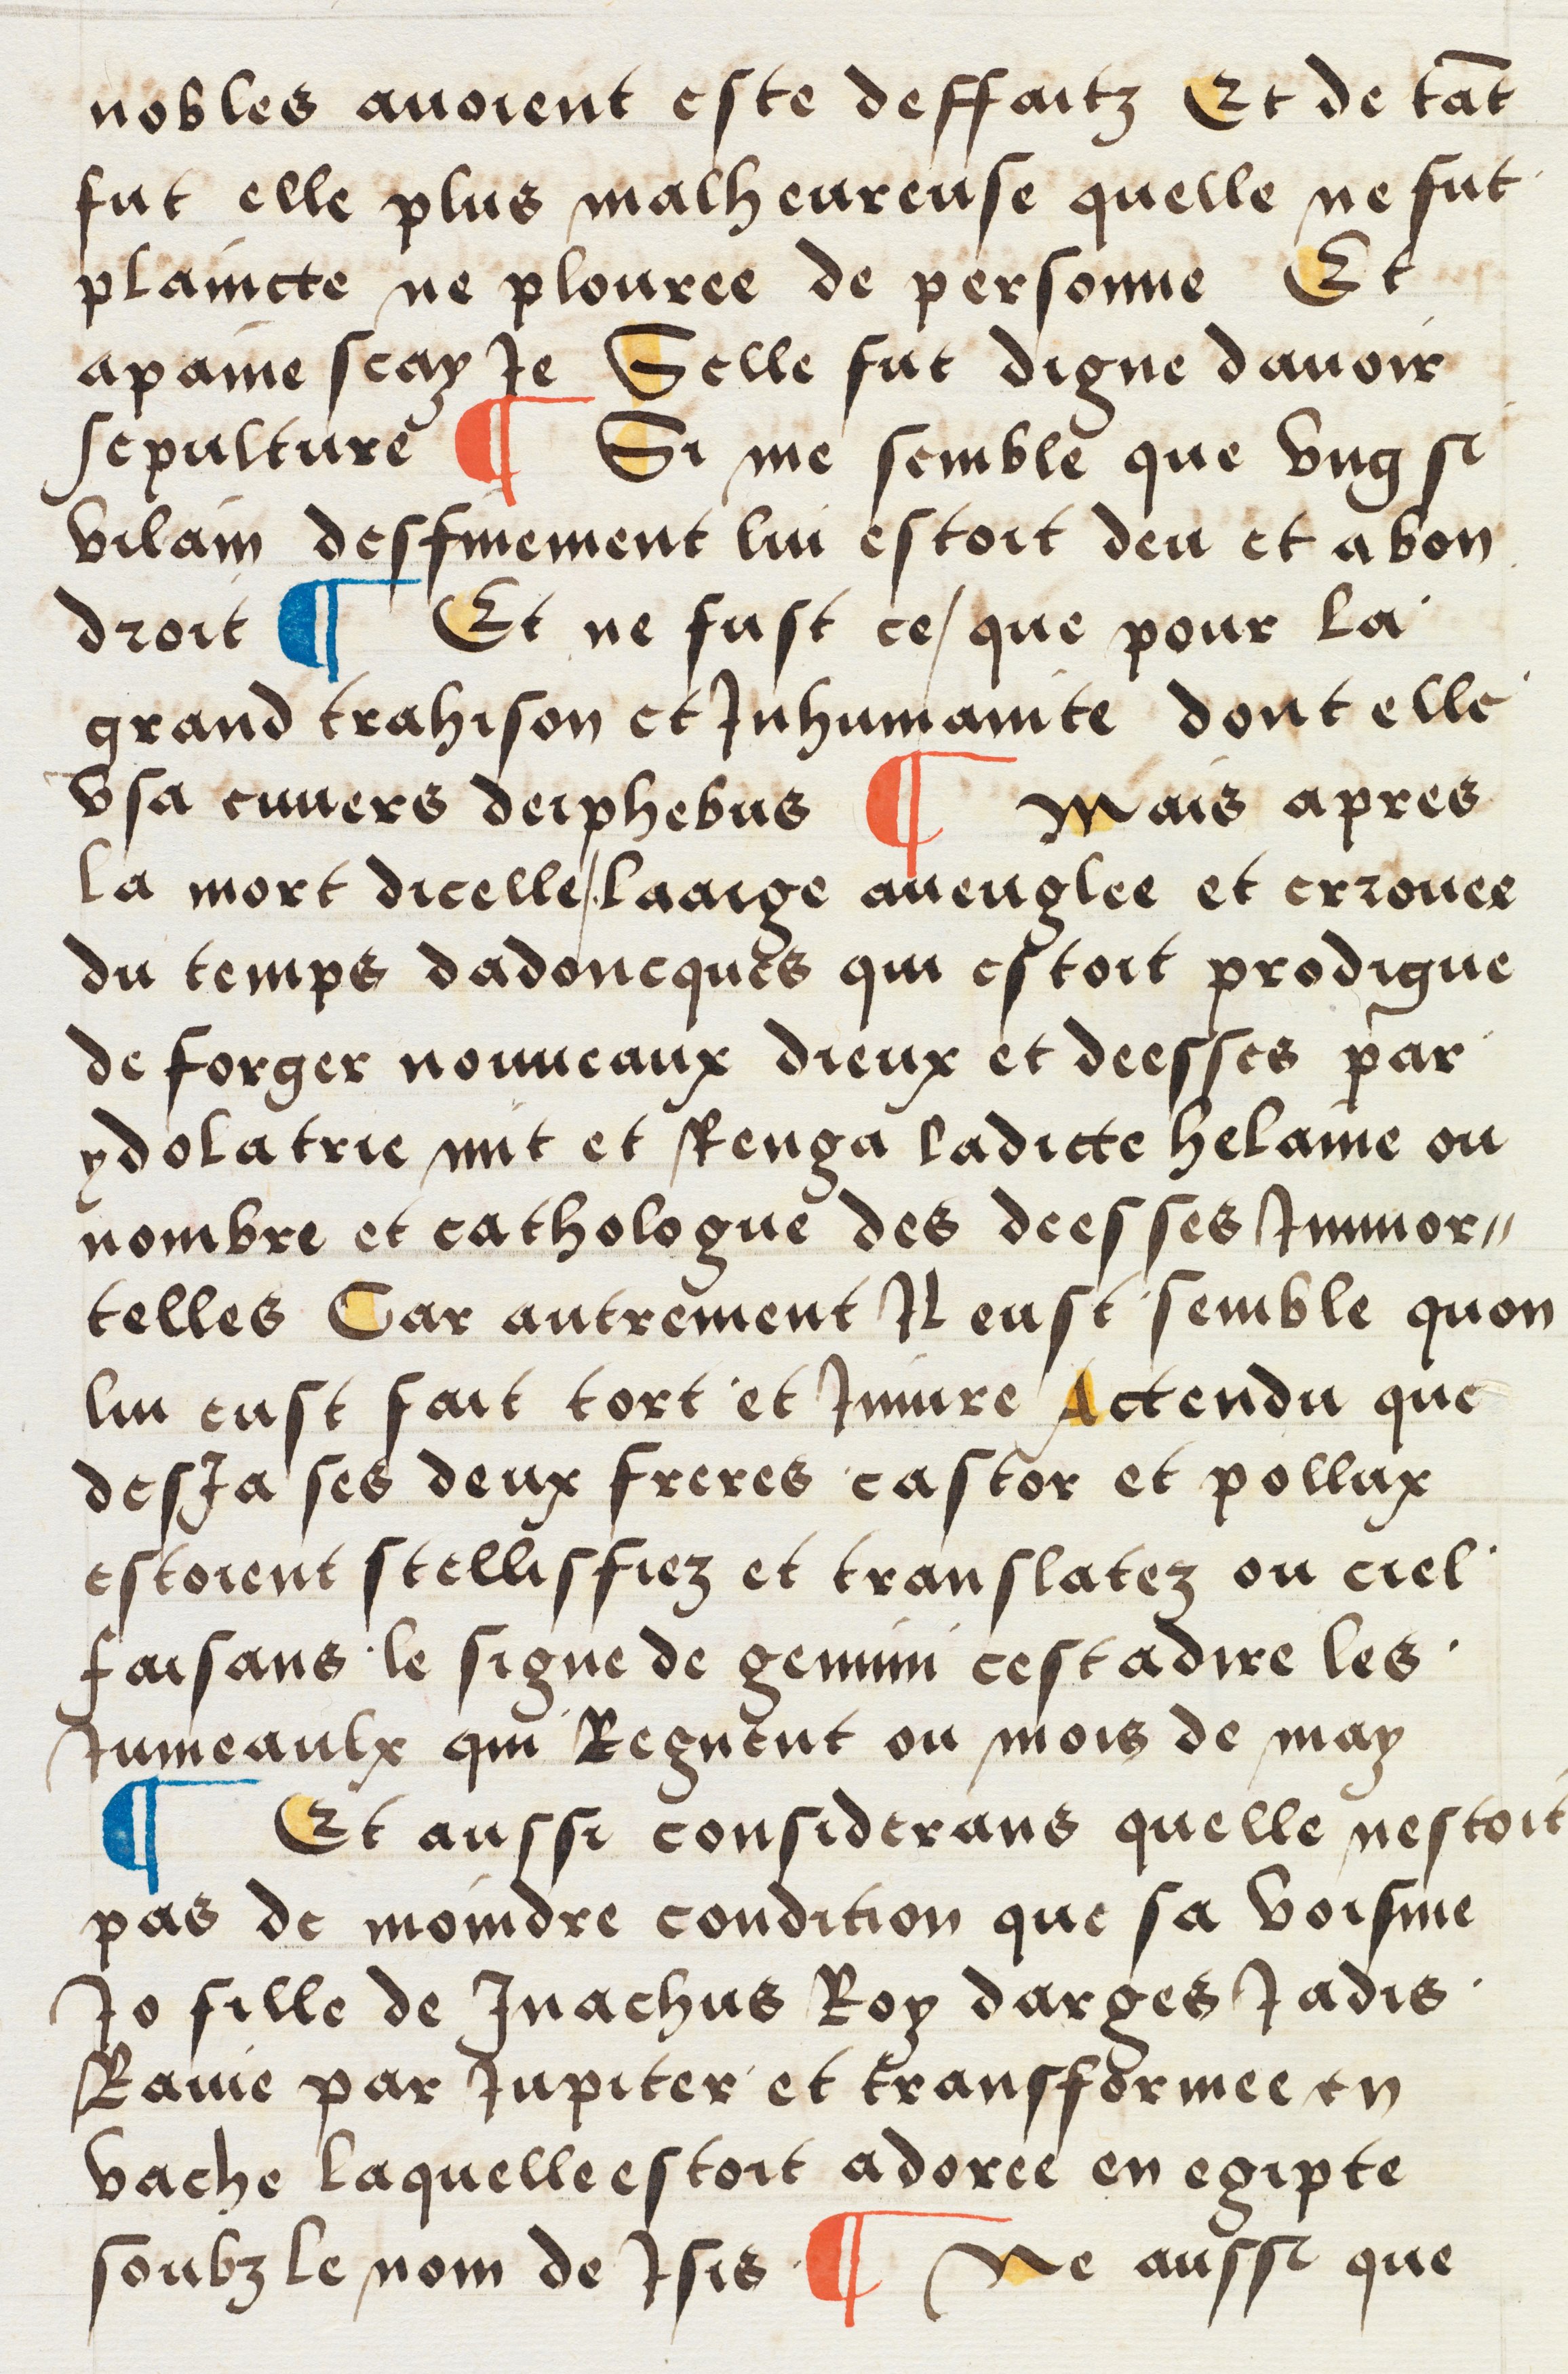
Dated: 1512–1524